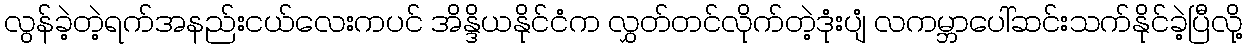
လွန်ခဲ့တဲ့ရက်အနည်းငယ်လေးကပင် အိန္ဒိယနိုင်ငံက လွှတ်တင်လိုက်တဲ့ဒုံးပျံ လကမ္ဘာပေါ်ဆင်းသက်နိုင်ခဲ့ပြီလို့